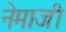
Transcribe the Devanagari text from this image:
नेमाजी